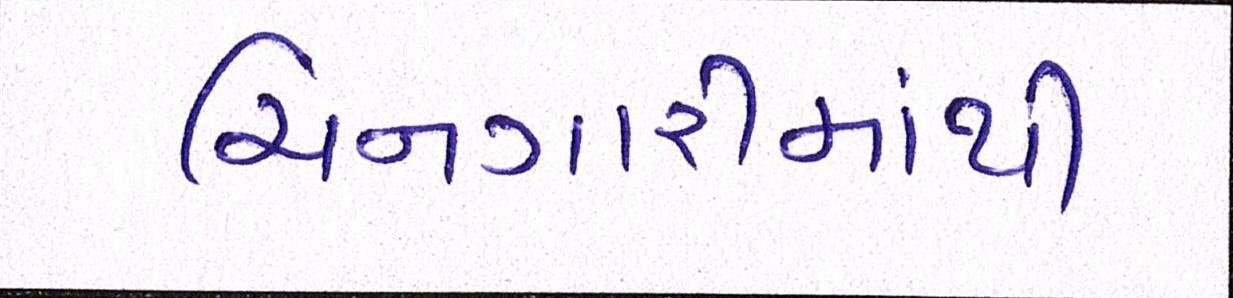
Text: ચિનગારીમાંથી